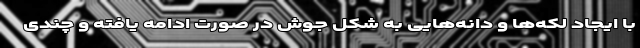
با ایجاد لکه‌ها و دانه‌هایی به شکل جوش در صورت ادامه یافته و چندی